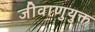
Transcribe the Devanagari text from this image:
जीवाणुयुक्त